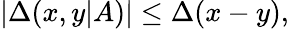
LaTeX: |\Delta(x,y|A)|\leq\Delta(x-y),